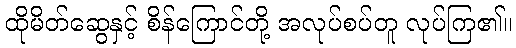
ထိုမိတ်ဆွေနှင့် စိန်ကြောင်တို့ အလုပ်စပ်တူ လုပ်ကြ၏။